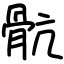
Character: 骯